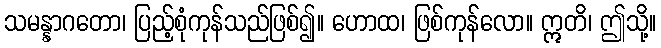
သမန္နာဂတော၊ ပြည့်စုံကုန်သည်ဖြစ်၍။ ဟောထ၊ ဖြစ်ကုန်လော။ ဣတိ၊ ဤသို့။